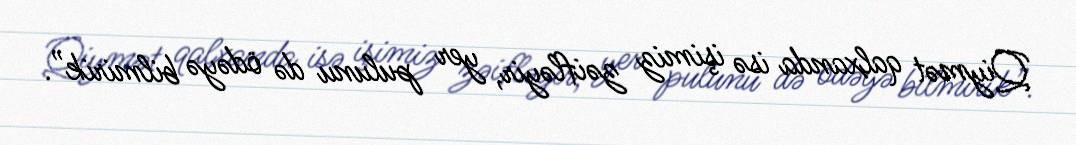
Qiymət qalxanda isə işimiz zəifləyir, yer pulunu də ödəyə bilmirik”.